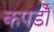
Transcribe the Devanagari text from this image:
कपडोँ